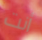
أنت